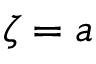
\zeta = a